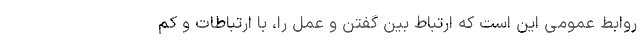
روابط عمومی این است که ارتباط بین گفتن و عمل را، با ارتباطات و کم